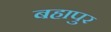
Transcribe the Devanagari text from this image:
बहापुर